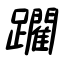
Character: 躙